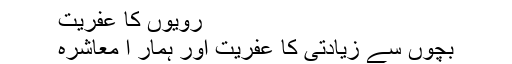
رویوں کا عفریت
بچوں سے زیادتی کا عفریت اور ہمار ا معاشرہ